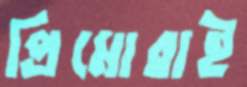
প্রিমোরাই